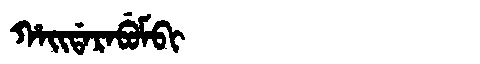
Manchu: ᡥᠠᡳᡩᠠᡵᠠᠪᡠᠮᠪᡳ
Romanization: HAIDARABUMBI